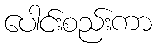
ပေါင်းစည်းကာ